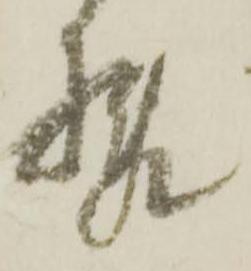
様